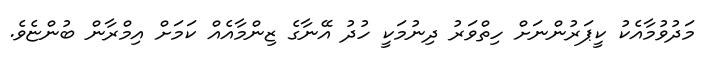
މަދުވުމާއެކު ކީޕަރުންނަށް ހިތްވަރު ދިނުމަކީ ހުދު އޭނާގެ ޒިންމާއެއް ކަމަށް އިމްރާން ބުންޏެވެ.